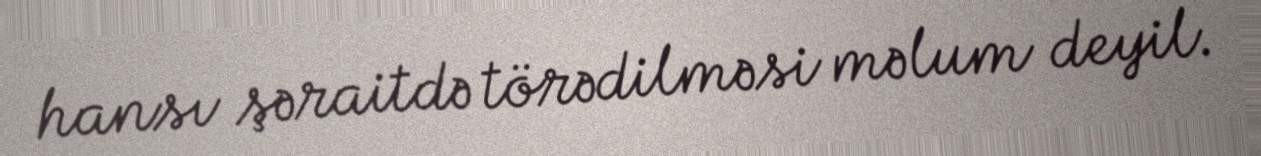
hansı şəraitdə törədilməsi məlum deyil.